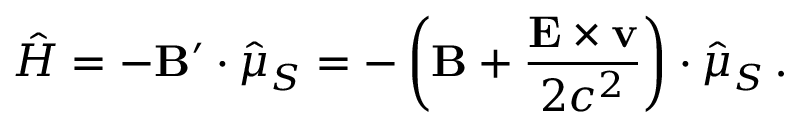
{ \hat { H } } = - \mathbf { B } ^ { \prime } \cdot { \hat { \boldsymbol { \mu } } } _ { S } = - \left( \mathbf { B } + { \frac { \mathbf { E } \times \mathbf { v } } { 2 c ^ { 2 } } } \right) \cdot { \hat { \boldsymbol { \mu } } } _ { S } \, .